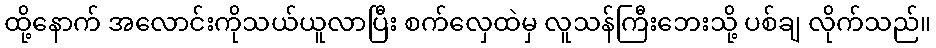
ထို့နောက် အလောင်းကိုသယ်ယူလာပြီး စက်လှေထဲမှ လူသန်ကြီးဘေးသို့ ပစ်ချ လိုက်သည်။